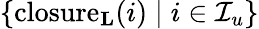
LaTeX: \{ \mathrm{closure}_{\mathbf{L}}(i)\mid i\in\mathcal{I}_{u}\}